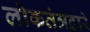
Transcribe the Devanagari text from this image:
लोकतंत्रद्वारे